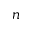
n